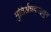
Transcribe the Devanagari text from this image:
मुतिर्अन्नवरइयुन